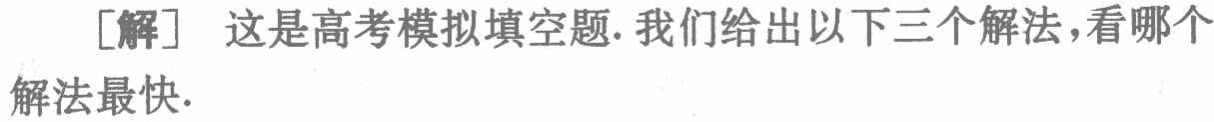
[解] 这是高考模拟填空题. 我们给出以下三个解法,看哪个解法最快.